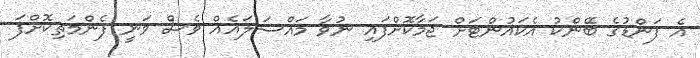
އެ ފަންޑުގެ ބޭންކު އެކައުންޓަށް ޖަމާކޮށްފައި ނުވާ މައްސަލައެއް ވެސް ވަނީ ފެންމަތިކޮށްފަ